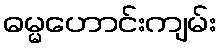
ဓမ္မဟောင်းကျမ်း